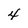
Character: 4